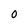
Character: 0